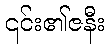
၎င်း၏ဇနီး